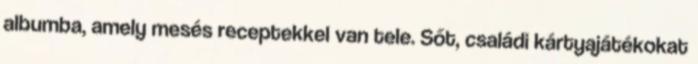
albumba, amely mesés receptekkel van tele. Sőt, családi kártyajátékokat